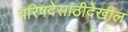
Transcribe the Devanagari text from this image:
परिषदेसाठीदेखील